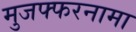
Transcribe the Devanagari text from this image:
मुजफ्फरनामा